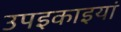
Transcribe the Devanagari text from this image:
उपइकाइयां